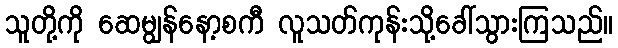
သူတို့ကို ဆေမျွန်နော့စကီ လူသတ်ကုန်းသို့ခေါ်သွားကြသည်။